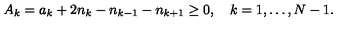
A _ { k } = a _ { k } + 2 n _ { k } - n _ { k - 1 } - n _ { k + 1 } \geq 0 , \quad k = 1 , \ldots , N - 1 .